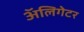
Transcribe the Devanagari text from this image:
अॅलिगेटर